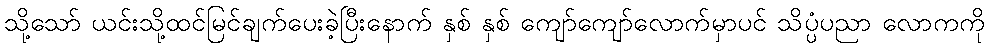
သို့သော် ယင်းသို့ထင်မြင်ချက်ပေးခဲ့ပြီးနောက် နှစ် နှစ် ကျော်ကျော်လောက်မှာပင် သိပ္ပံပညာ လောကကို